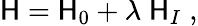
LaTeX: \mathsf{H}=\mathsf{H}_{0}+\lambda\; \mathsf{H}_{I}\; ,